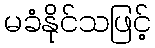
မခံနိုင်သဖြင့်